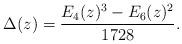
LaTeX: \begin{align*}\Delta(z) = \frac{E_4(z)^3 - E_6(z)^2}{1728}.\end{align*}